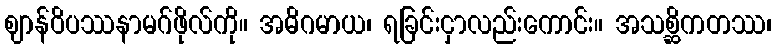
ဈာန်ဝိပဿနာမဂ်ဖိုလ်ကို။ အဓိဂမာယ၊ ရခြင်းငှာလည်းကောင်း။ အသစ္ဆိကတဿ၊